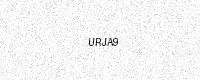
Text: URJA9